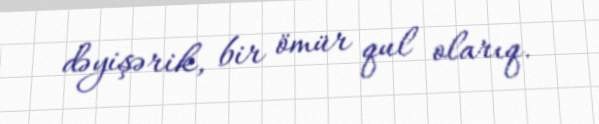
dəyişərik, bir ömür qul olarıq.